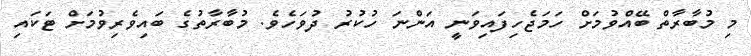
މި މުބާރާތް ބޭއްވުމަށް ހަމަޖެހިފައިވަނީ އަންނަ ހުކުރު ދުވަހެވެ. މުބާރާތުގެ ބައިވެރިވުމަށް ޓަކައި